Riigikantselei, lk 11
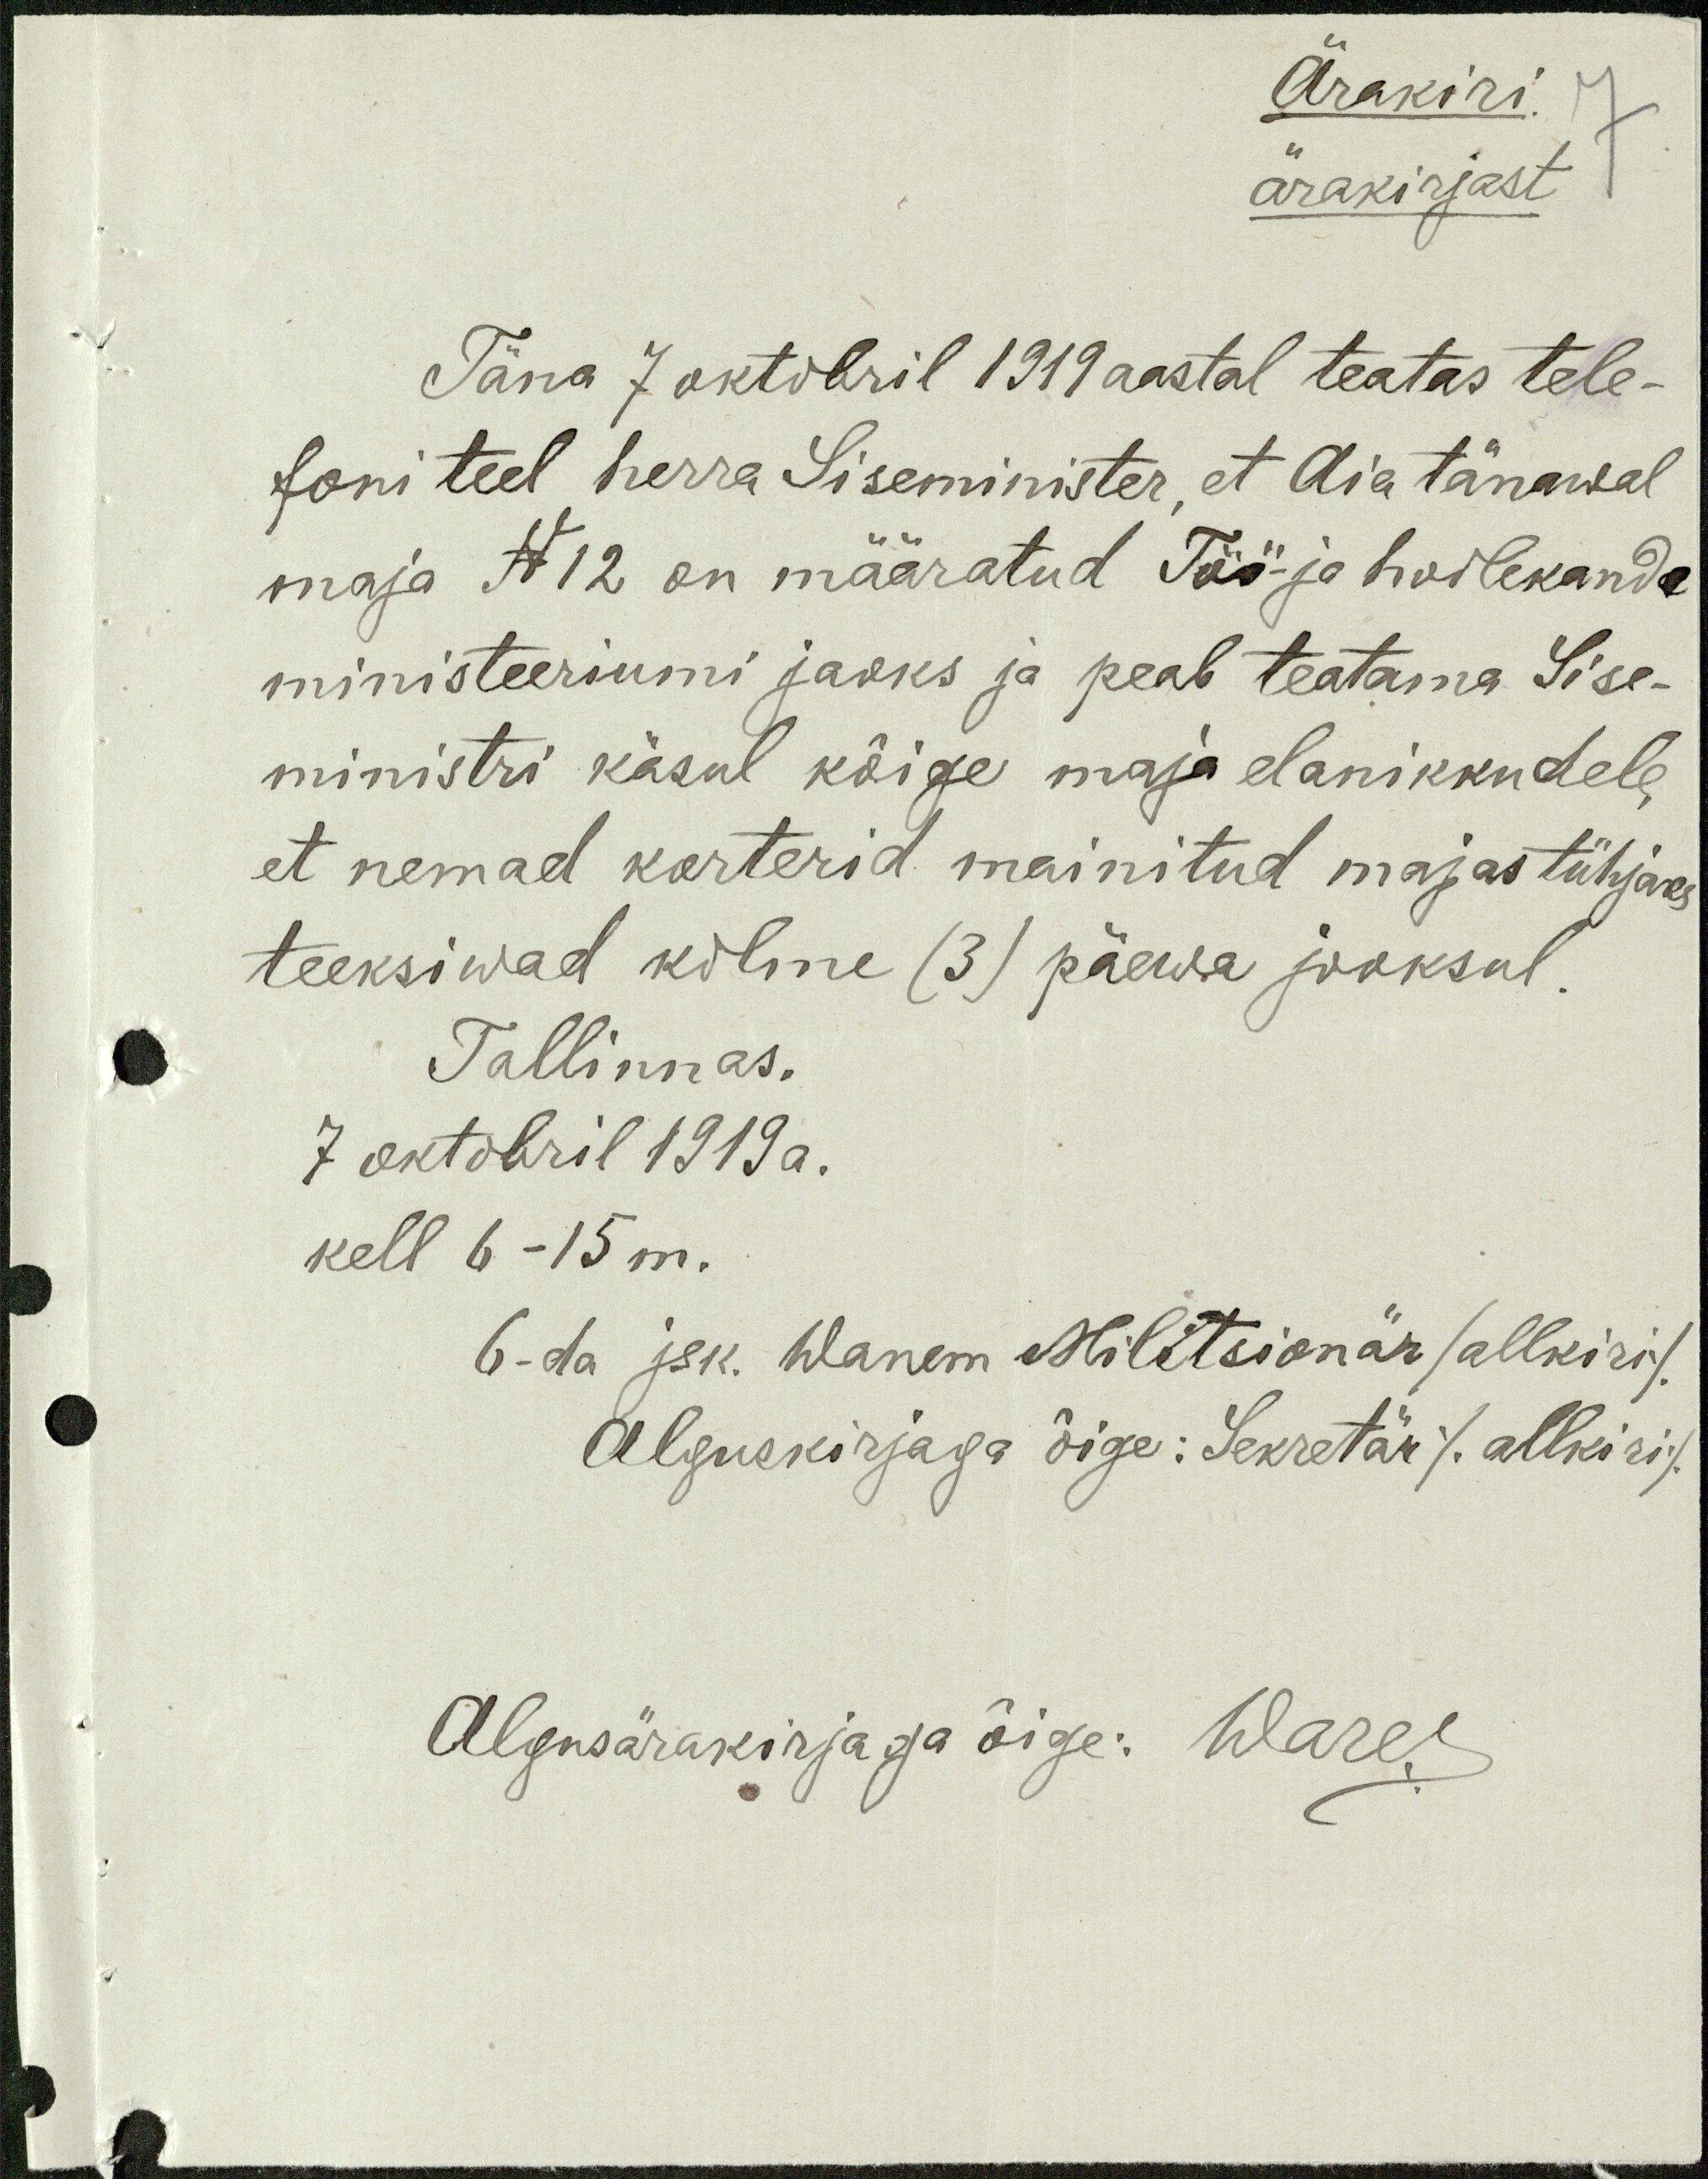
Ärakiri
ärakirjast
7
Täna 7 oktobril 1919 aastal teatas tele-
foni teel herra Siseminister, et Aia tänawal
maja N12 on määratud Töö- ja hoolekande
ministeeriumi jaoks ja peab teatama Sise-
ministri käsul kõige maja elanikkudele,
et nemad korterid mainitud majas tühjaks
teeksiwad kolme (3) päewa jooksul.
Tallinnas.
7 oktobril 1919 a.
kell 6-15 m.
6-da jsk. Wanem Militsionär /allkiri/
Alguskirjaga õige: Sekretär /allkiri/
Algusärakirjaga õige: Wares